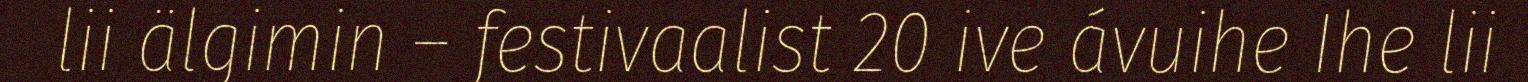
lii älgimin – festivaalist 20 ive ávuihe Ihe lii